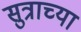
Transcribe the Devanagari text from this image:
सुत्राच्या